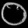
Digit: ၀